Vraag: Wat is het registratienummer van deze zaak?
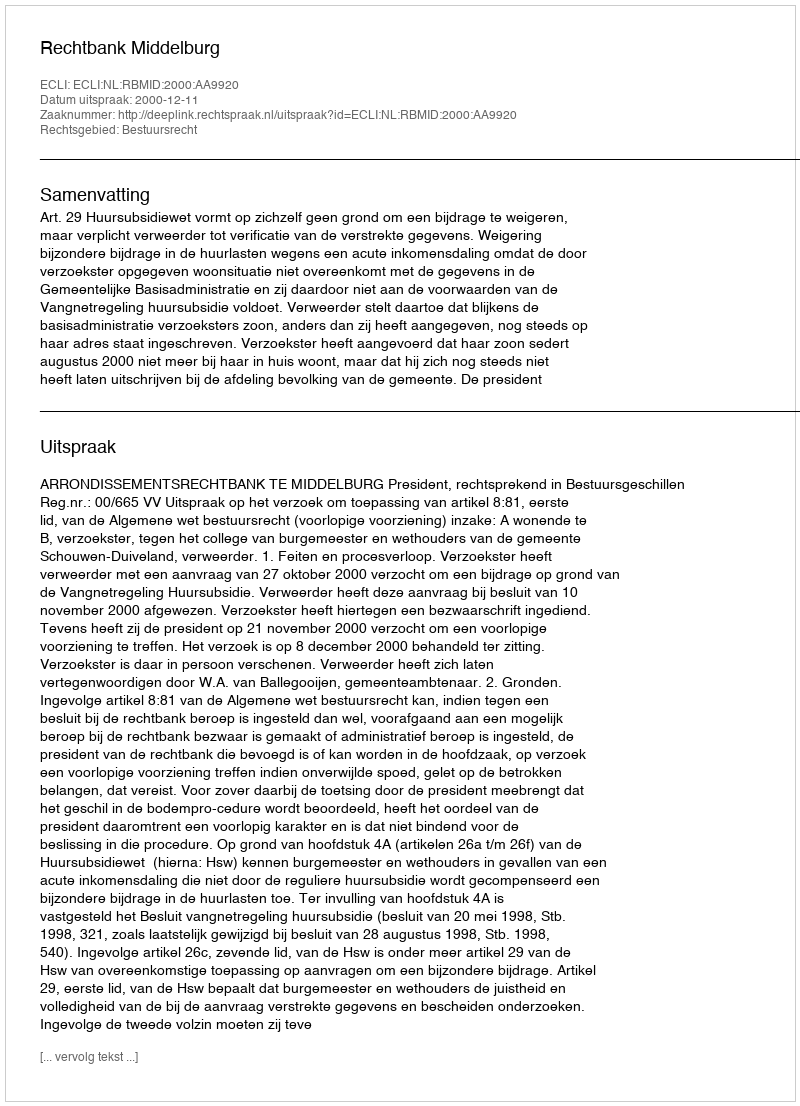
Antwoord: http://deeplink.rechtspraak.nl/uitspraak?id=ECLI:NL:RBMID:2000:AA9920